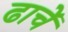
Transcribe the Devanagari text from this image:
ढाचें